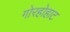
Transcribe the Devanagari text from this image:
गोरहोहाट